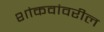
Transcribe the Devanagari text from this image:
शांकवांवरील